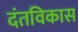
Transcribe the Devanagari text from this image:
दंतविकास